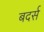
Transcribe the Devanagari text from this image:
बदर्स